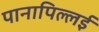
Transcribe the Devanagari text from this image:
पानापिल्लई